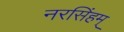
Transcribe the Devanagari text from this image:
नरसिंहम्